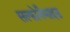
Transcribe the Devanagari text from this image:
सल्फोनैमाइड